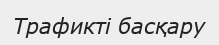
Трафикті басқару